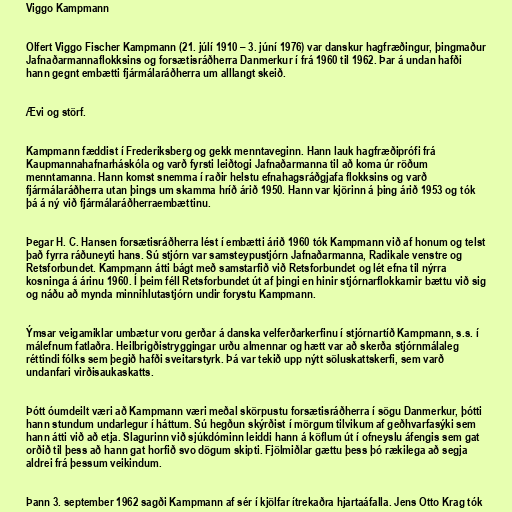
Viggo Kampmann

Olfert Viggo Fischer Kampmann (21. júlí 1910 – 3. júní 1976) var danskur hagfræðingur, þingmaður
Jafnaðarmannaflokksins og forsætisráðherra Danmerkur í frá 1960 til 1962. Þar á undan hafði
hann gegnt embætti fjármálaráðherra um alllangt skeið.

Ævi og störf.

Kampmann fæddist í Frederiksberg og gekk menntaveginn. Hann lauk hagfræðiprófi frá
Kaupmannahafnarháskóla og varð fyrsti leiðtogi Jafnaðarmanna til að koma úr röðum
menntamanna. Hann komst snemma í raðir helstu efnahagsráðgjafa flokksins og varð
fjármálaráðherra utan þings um skamma hríð árið 1950. Hann var kjörinn á þing árið 1953 og tók
þá á ný við fjármálaráðherraembættinu.

Þegar H. C. Hansen forsætisráðherra lést í embætti árið 1960 tók Kampmann við af honum og telst
það fyrra ráðuneyti hans. Sú stjórn var samsteypustjórn Jafnaðarmanna, Radikale venstre og
Retsforbundet. Kampmann átti bágt með samstarfið við Retsforbundet og lét efna til nýrra
kosninga á árinu 1960. Í þeim féll Retsforbundet út af þingi en hinir stjórnarflokkarnir bættu við sig
og náðu að mynda minnihlutastjórn undir forystu Kampmann.

Ýmsar veigamiklar umbætur voru gerðar á danska velferðarkerfinu í stjórnartíð Kampmann, s.s. í
málefnum fatlaðra. Heilbrigðistryggingar urðu almennar og hætt var að skerða stjórnmálaleg
réttindi fólks sem þegið hafði sveitarstyrk. Þá var tekið upp nýtt söluskattskerfi, sem varð
undanfari virðisaukaskatts.

Þótt óumdeilt væri að Kampmann væri meðal skörpustu forsætisráðherra í sögu Danmerkur, þótti
hann stundum undarlegur í háttum. Sú hegðun skýrðist í mörgum tilvikum af geðhvarfasýki sem
hann átti við að etja. Slagurinn við sjúkdóminn leiddi hann á köflum út í ofneyslu áfengis sem gat
orðið til þess að hann gat horfið svo dögum skipti. Fjölmiðlar gættu þess þó rækilega að segja
aldrei frá þessum veikindum.

Þann 3. september 1962 sagði Kampmann af sér í kjölfar ítrekaðra hjartaáfalla. Jens Otto Krag tók